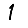
Digit: 1